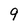
Character: 9